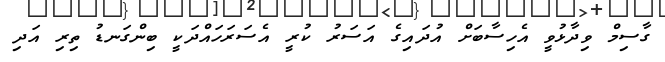
ގާސިމް ވިދާޅުވީ އެހިސާބަށް އުދައިގެ އަސަރު ކުރީ އެސަރަހައްދަކީ ބިންގަނޑު ތިރި އަދި